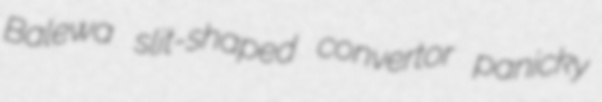
Balewa slit-shaped convertor panicky